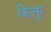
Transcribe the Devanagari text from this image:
कित्तुर